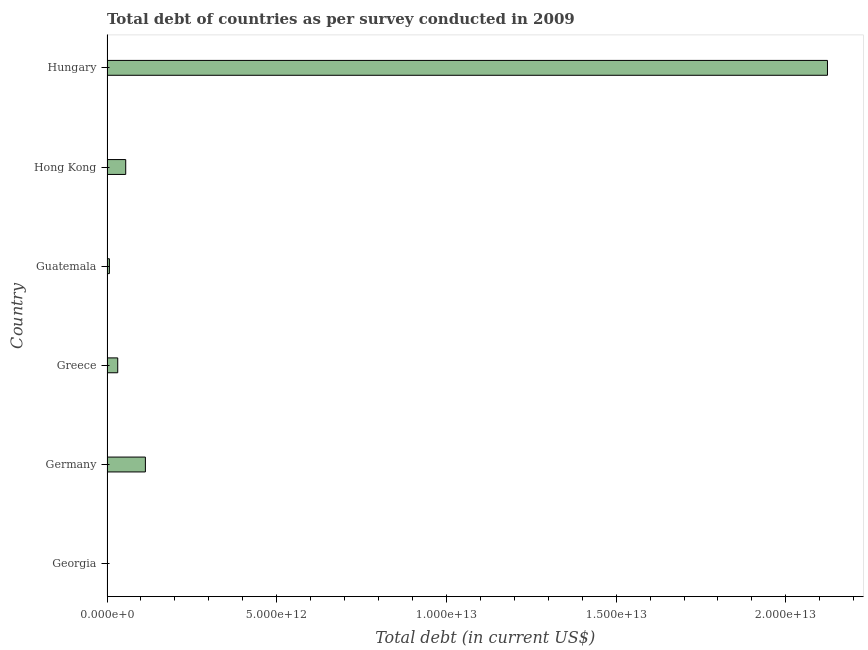
| Country | Central government debt |
 | --- | --- |
 | Georgia | 6.23e+09 |
 | Germany | 1.13e+12 |
 | Greece | 3.16e+11 |
 | Guatemala | 7.09e+10 |
 | Hong Kong | 5.51e+11 |
 | Hungary | 2.12e+13 |